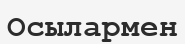
Осылармен